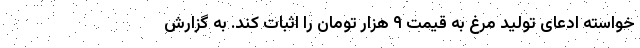
خواسته ادعای تولید مرغ به قیمت ۹ هزار تومان را اثبات کند. به گزارش